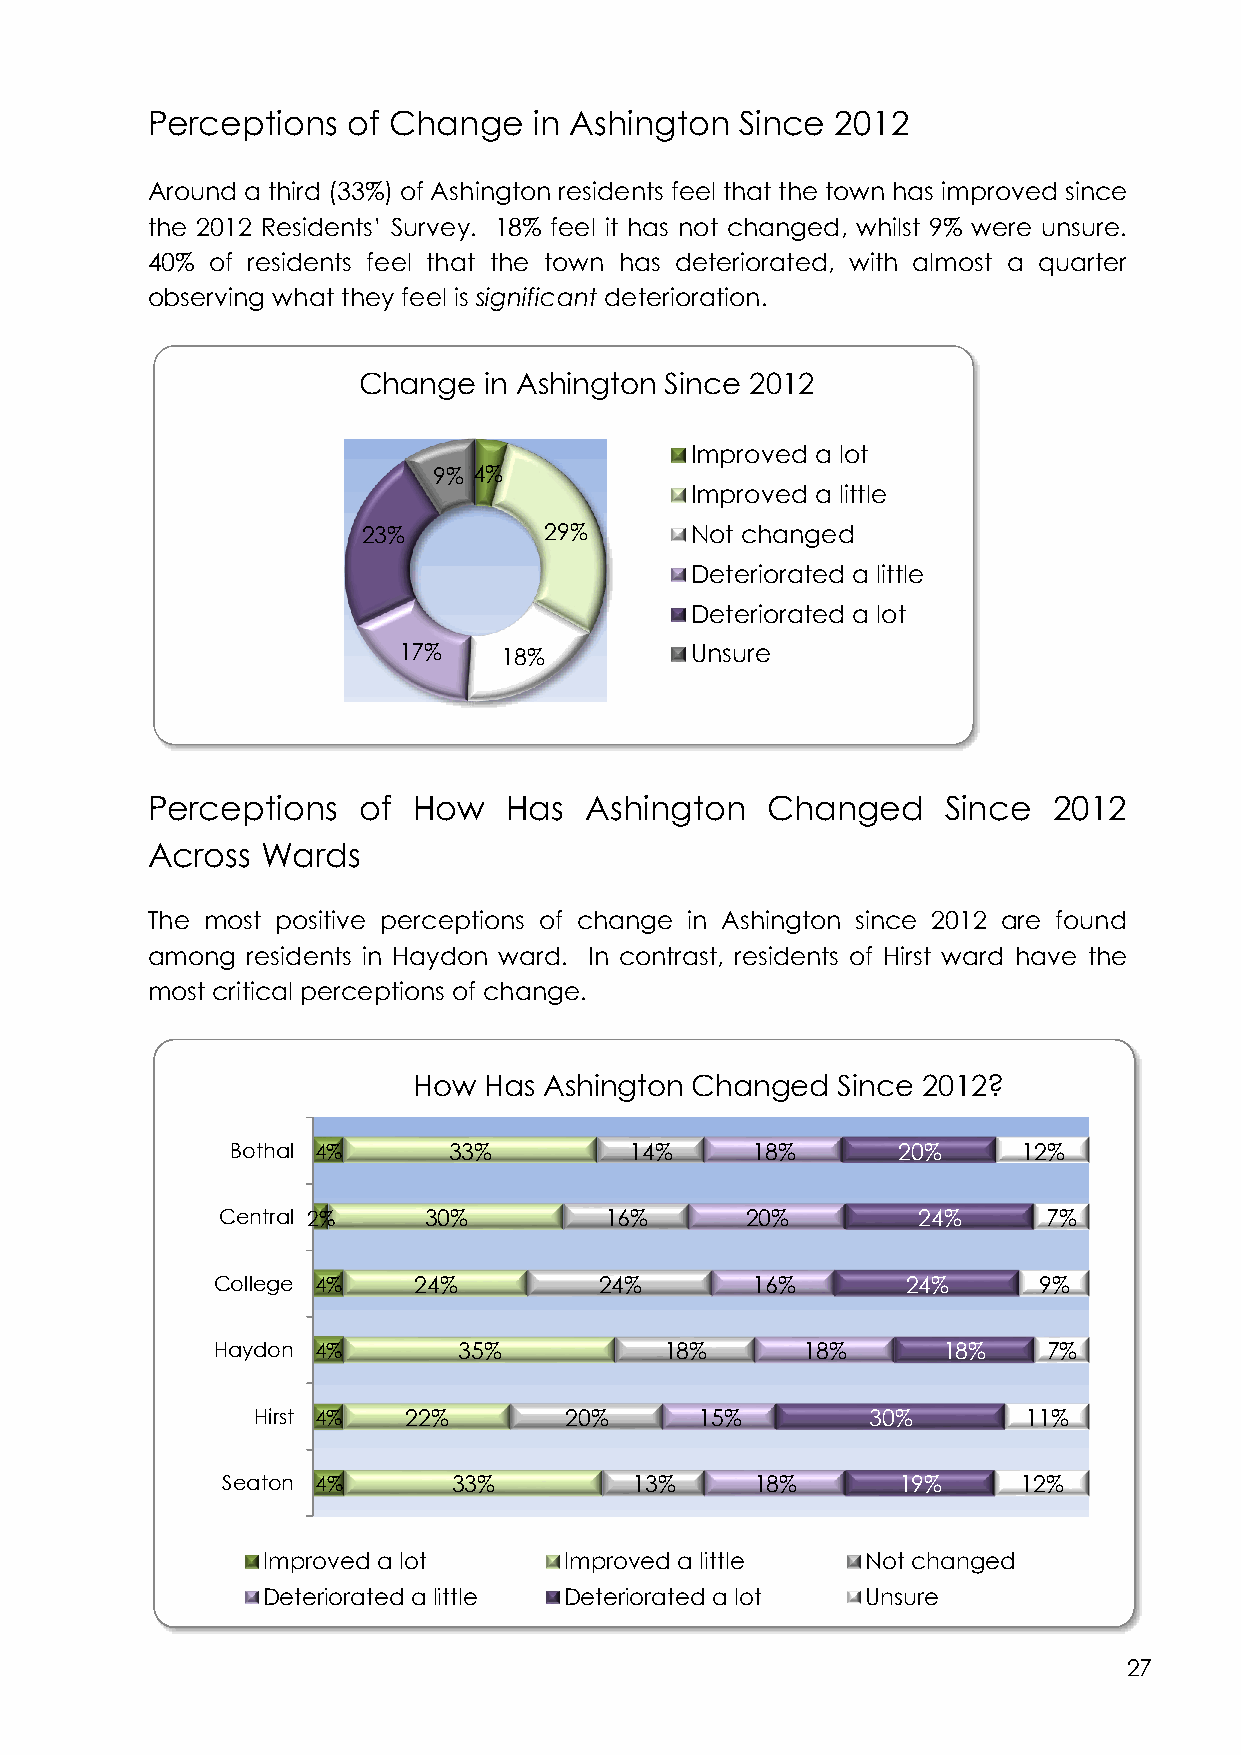
Perceptions  of Change   in Ashington  Since 2012
 Around a third (33%) of Ashington residents feel that the town has improved since
 the 2012 Residents’ Survey. 18% feel it has not changed, whilst 9% were unsure.
 40% of residents feel that the town has deteriorated, with almost a quarter
 observing what they feel is significant deterioration.
 Change  in Ashington Since 2012
 Improved a lot
 9% 4%
 Improved a little
 23%         29%       Not changed
 Deteriorated a little
 Deteriorated a lot
 17%    18%          Unsure
 Perceptions   of How   Has   Ashington   Changed     Since  2012
 Across Wards
 The most positive perceptions of change in Ashington since 2012 are found
 among residents in Haydon ward. In contrast, residents of Hirst ward have the
 most critical perceptions of change.
 How  Has Ashington Changed  Since 2012?
 Bothal 4%      33%         14%     18%      20%      12%
 Central 2%    30%         16%      20%         24%     7%
 College 4%   24%          24%       16%       24%      9%
 Haydon 4%       35%           18%      18%      18%    7%
 Hirst 4%  22%       20%      15%         30%       11%
 Seaton 4%      33%         13%     18%      19%      12%
 Improved a lot      Improved a little   Not changed
 Deteriorated a little Deteriorated a lot Unsure
 27